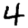
Digit: 4